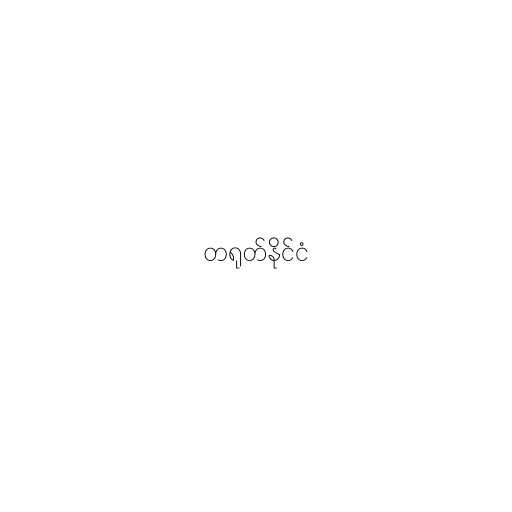
တရုတ်နိုင်ငံ